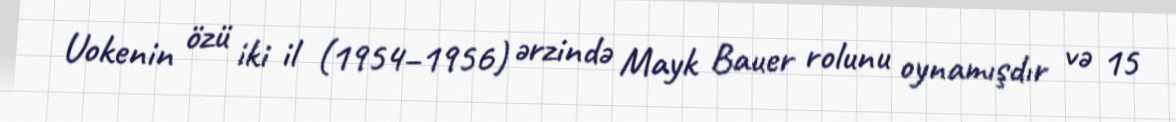
Uokenin özü iki il (1954–1956) ərzində Mayk Bauer rolunu oynamışdır və 15